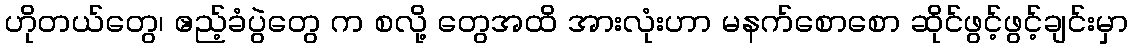
ဟိုတယ်တွေ၊ ဧည့်ခံပွဲတွေ က စလို့ တွေအထိ အားလုံးဟာ မနက်စောစော ဆိုင်ဖွင့်ဖွင့်ချင်းမှာ